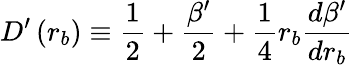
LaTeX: D^{\prime}\left(r_{b}\right)\equiv\frac{1}{2}+\frac{\beta^{\prime}}{2}+\frac{1}{4}r_{b}\frac{d\beta^{\prime}}{dr_{b}}